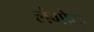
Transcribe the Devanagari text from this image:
लंगोटा